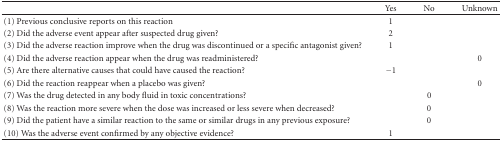
|  | Yes | No | Unknown |
 | --- | --- | --- | --- |
 | (1) Previous conclusive reports on this reaction | 1 |  |  |
 | (2) Did the adverse event appear after suspected drug given? | 2 |  |  |
 | (3) Did the adverse reaction improve when the drug was discontinued or a specific antagonist given? | 1 |  |  |
 | (4) Did the adverse reaction appear when the drug was readministered? |  |  | 0 |
 | (5) Are there alternative causes that could have caused the reaction? | −1 |  |  |
 | (6) Did the reaction reappear when a placebo was given? |  |  | 0 |
 | (7) Was the drug detected in any body fluid in toxic concentrations? |  | 0 |  |
 | (8) Was the reaction more severe when the dose was increased or less severe when decreased? |  | 0 |  |
 | (9) Did the patient have a similar reaction to the same or similar drugs in any previous exposure? |  | 0 |  |
 | (10) Was the adverse event confirmed by any objective evidence? | 1 |  |  |